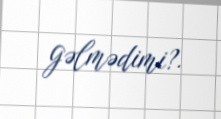
gəlmədimi?.